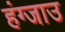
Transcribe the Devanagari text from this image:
हंग्जाउ